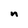
Character: n